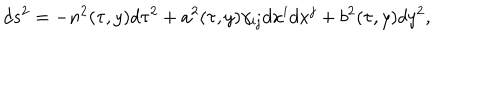
d s ^ { 2 } = - n ^ { 2 } ( \tau , y ) d \tau ^ { 2 } + a ^ { 2 } ( \tau , y ) \gamma _ { i j } d x ^ { i } d x ^ { j } + b ^ { 2 } ( \tau , y ) d y ^ { 2 } ,